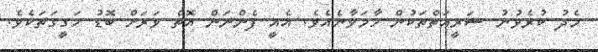
މެދު ކުރެވުނު ޝަރީއަތްތަކުން ހާމަވާނެއެވެ. އެއީ ފެންނަން އޮތް ވަރަށް ބޮޑު ހަގީގަތަކެވެ.